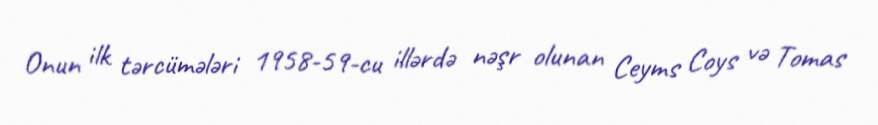
Onun ilk tərcümələri 1958-59-cu illərdə nəşr olunan Ceyms Coys və Tomas